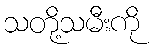
သတို့သမီးကို